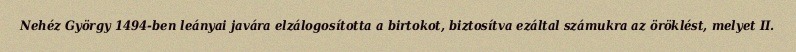
Nehéz György 1494-ben leányai javára elzálogosította a birtokot, biztosítva ezáltal számukra az öröklést, melyet II.